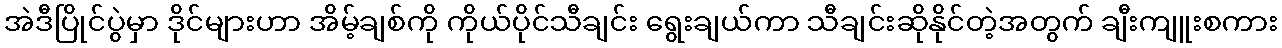
အဲဒီပြိုင်ပွဲမှာ ဒိုင်များဟာ အိမ့်ချစ်ကို ကိုယ်ပိုင်သီချင်း ရွေးချယ်ကာ သီချင်းဆိုနိုင်တဲ့အတွက် ချီးကျူးစကား